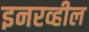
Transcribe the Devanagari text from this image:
इनरव्हील